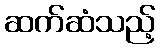
ဆက်ဆံသည့်